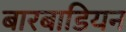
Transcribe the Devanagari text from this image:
बारबाडियन